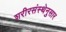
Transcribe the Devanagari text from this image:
शरीरसंस्थेनुसार